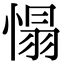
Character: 𢞠